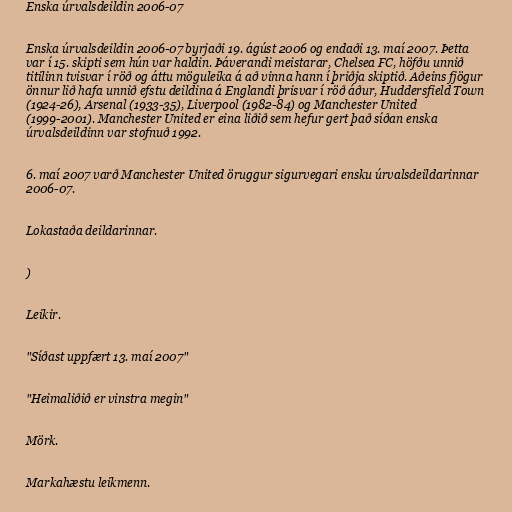
Enska úrvalsdeildin 2006-07

Enska úrvalsdeildin 2006-07 byrjaði 19. ágúst 2006 og endaði 13. maí 2007. Þetta
var í 15. skipti sem hún var haldin. Þáverandi meistarar, Chelsea FC, höfðu unnið
titilinn tvisvar í röð og áttu möguleika á að vinna hann í þriðja skiptið. Aðeins fjögur
önnur lið hafa unnið efstu deildina á Englandi þrisvar í röð áður, Huddersfield Town
(1924-26), Arsenal (1933-35), Liverpool (1982-84) og Manchester United
(1999-2001). Manchester United er eina liðið sem hefur gert það síðan enska
úrvalsdeildinn var stofnuð 1992.

6. maí 2007 varð Manchester United öruggur sigurvegari ensku úrvalsdeildarinnar
2006-07.

Lokastaða deildarinnar.

)

Leikir.

"Síðast uppfært 13. maí 2007"

"Heimaliðið er vinstra megin"

Mörk.

Markahæstu leikmenn.